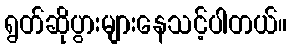
ရွတ်ဆိုပွားများနေသင့်ပါတယ်။